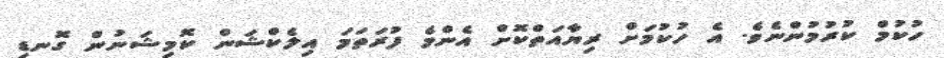
ހުކުމް ކުރުމުންނެވެ. އެ ހުކުމަށް ރިޔާއަތްކޮށް އެންމެ ފުރަތަަމަ އިލެކްޝަން ކޮމިޝަނުން ގޮނޑި